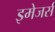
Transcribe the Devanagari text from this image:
इमेजर्स